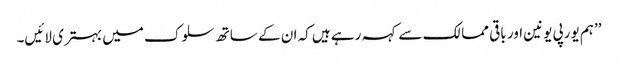
’’ہم یورپی یونین اور باقی ممالک سے کہہ رہے ہیں کہ ان کے ساتھ سلوک میں بہتری لائیں۔